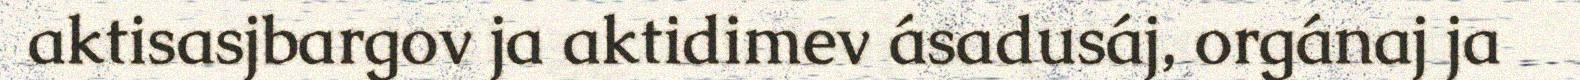
aktisasjbargov ja aktidimev ásadusáj, orgánaj ja